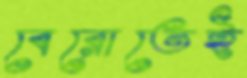
বেরোতেই